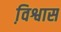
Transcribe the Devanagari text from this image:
वि़श्वास